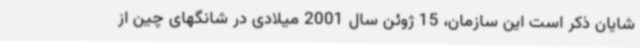
شایان ذکر است این سازمان، 15 ژوئن سال 2001 میلادی در شانگهای چین از